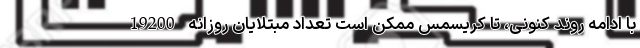
با ادامه روند کنونی، تا کریسمس ممکن است تعداد مبتلایان روزانه 19200